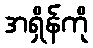
အရှိန်ကို